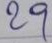
29